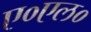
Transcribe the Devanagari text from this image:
ए०एल०